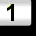
Digit: 1